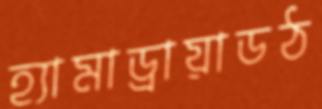
হ্যামাড্রায়াডঠ